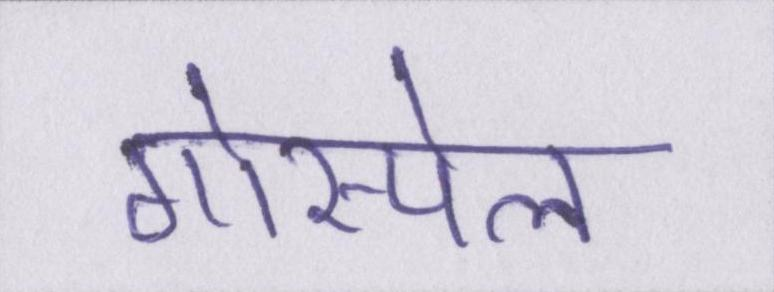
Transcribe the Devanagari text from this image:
गोस्पेल